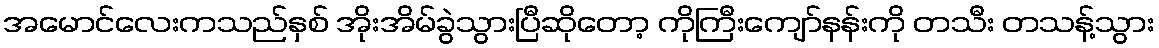
အမောင်လေးကသည်နှစ် အိုးအိမ်ခွဲသွားပြီဆိုတော့ ကိုကြီးကျော်နန်းကို တသီး တသန့်သွား